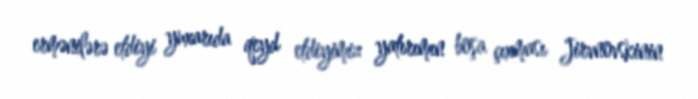
ermənilərə etdiyi yuxarıda qeyd etdiyimiz yatırımın boşa çıxması Jirvnovskinin